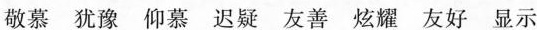
敬慕 犹豫 仰慕 迟疑 友善 炫耀 友好 显示